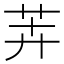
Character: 𬜦